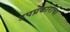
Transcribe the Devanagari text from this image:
उपप्रकाराचा